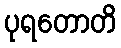
ပုရတောတိ